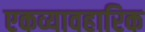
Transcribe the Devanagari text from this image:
एकव्यावहारिक